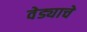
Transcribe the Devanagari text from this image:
वेड्याचे